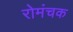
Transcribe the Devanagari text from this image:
रोमंचक